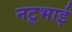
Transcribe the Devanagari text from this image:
नटूभाई